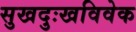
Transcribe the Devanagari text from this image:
सुखदुःखविवेक